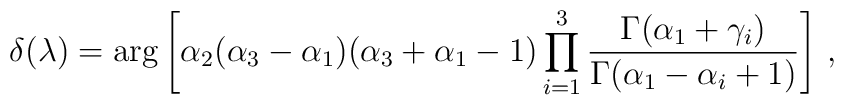
\delta (\lambda )=\arg \left[\alpha_2 (\alpha_3 -\alpha_1)(\alpha_3 +\alpha_1-1)\prod_{i=1}^3\frac{\Gamma (\alpha_1+\gamma_i)}{\Gamma (\alpha_1-\alpha_i+1)}              \right]\, ,